Annual administration report of the Civil Veterinary Department of India - 1899-1900
Year: 1899
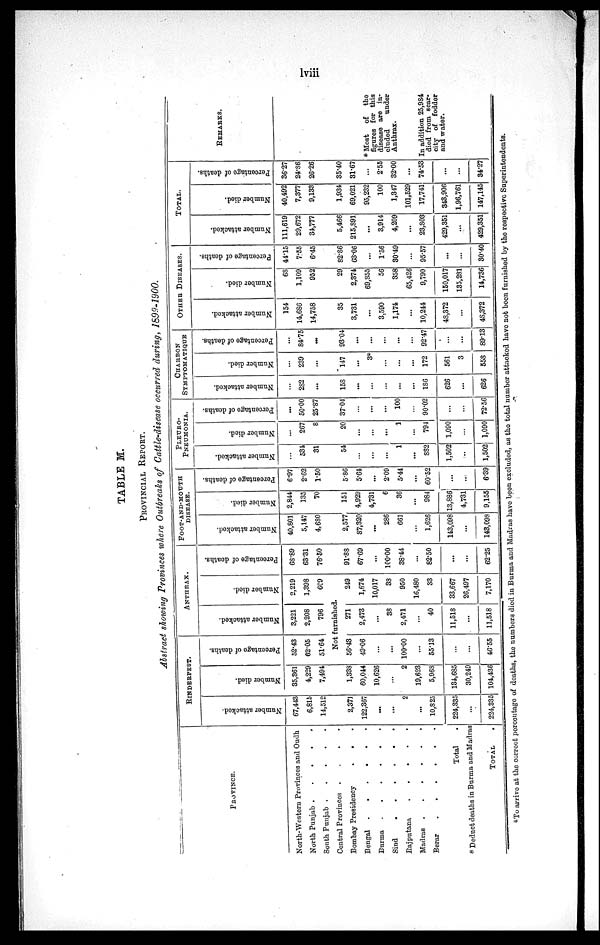
lviii
TABLE M.
PROVINCIAL REPORT.
Abstract showing Provinces where Outbreaks of Cattle-disease occurred during, 1899-1900.
PROVINCE.
North-Western Provinces and Oudh
North Punjab . . . . . . .
South Punjab .
.
.
.
.
Central Provinces .
.
.
.
Bombay Presidency
.
.
Bengal .
.
.
.
.
.
Burma
.
. . . . . . .
Sind . . . . . .
Rajputana
.
.
.
.
Madras . . . . . .. .
Berar . . . . . . .
Total .
* Deduct deaths in Burma and Madras
TOTAL
.
RINDERPEST.
Number attackod.
67,443
6,816
14,512
2,371
122,367
...
...
2
...
10,823
224,335
...
224,335
Number died.
35,361
4,229
7,494
1,338
60,044
10,626
...
2
19,623
5,968
184,685
30,249
104,436
Percentage of deaths.
52.43
62.05
51.64
ANTHRAX.
Number attacked.
3,221
2,208
796
Number died.
2,219
1,398
6C9
Not furnished.
56.43
49.06
...
...
100.00
...
55.13
...
...
46.55
271
2,473
...
38
2,471
...
40
11,518
...
11,518
249
1,674
10,017
33
950
16,480
33
33,667
26,497
7,170
Percentage of deaths.
68.89
63.31
76.50
91.88
67.69
...
100.00
38.44
82.50
...
...
62.25
FOOT-AND-MOUTH
DISEASE.
Number attacked.
40,801
5,147
4,6S0
2,577
87,320
...
286
661
...
1,626
143,098
...
143,099
Number died.
2,844
135
70
151
4,929
4,731
6
36
...
984
13,886
4,731
9,155
Percentage of deaths.
6.97
2.62
1.50
5.86
5.64
...
2.09
5.44
...
60.52
...
...
6.89
PLEURO-
---------.
Number attacked.
...
534
31
54
...
...
...
1
...
SS2
1,502
...
1,502
Number died.
...
267
8
20
...
...
...
1
...
794
1,090
...
1,090
Percentage of deaths.
50*00
25.87
37.04
...
...
...
100
...
90.02
...
...
72.56
CHARBON
SYMPTOMATIQUE
Number attacked.
...
2S2
...
158
...
...
...
...
...
186
626
...
626
Number died.
...
239
...
147
...
3*
...
...
...
172
561
3
558
Percentage of deaths.
...
84.75
...
93.04
...
...
...
...
...
92.47
...
...
89.13
OTHER DISEASES.
Number attacked.
154
14,686
14,758
35
3,731
...
3.590
1,174
...
10,244
48,372
...
48,372
Number died.
68
1,109
952
29
2,374
69,855
56
358
65,426
9,790
150,017
135,281
14,736
Percentage of deaths.
44.15
7.55
6.45
82.86
63.06
...
1.56
30.49
...
95.57
...
...
30.40
TOTAL.
Number attacked.
111,619
29,672
34,777
5,466
215,891
...
3,914
4,209
...
23,803
429,351
...
429,351
Number died.
40,492
7,377
9,133
1,934
69,021
95,232
100
1,347
101,529
17,741
343,906
1,96,761
147,145
Percentage of deaths.
36.27
24.86
26.26
35.40
81.67
...
2.55
32.00
...
74.53
...
...
84.27
REMARKS.
* Most of the
figures for this
disease are in-
eluded
under
Anthrax.
In addition 25,984
died from scar-
city of fodder
and water.
*To arrive at the correct percentage of deaths, the numbers died in Burma and Madras have been excluded, as the total number attacked have not been furnished by the respective Superintendents.